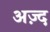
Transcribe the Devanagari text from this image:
अज़्द